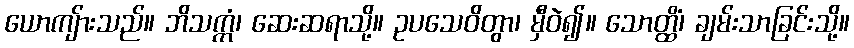
ယောကျ်ားသည်။ ဘိသက္ကံ၊ ဆေးဆရာသို့။ ဥပသေဝိတွာ၊ မှီဝဲ၍။ သောတ္ထိံ၊ ချမ်းသာခြင်းသို့။